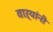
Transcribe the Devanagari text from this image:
वाऱ्यांनी